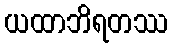
ယထာဘိရတဿ